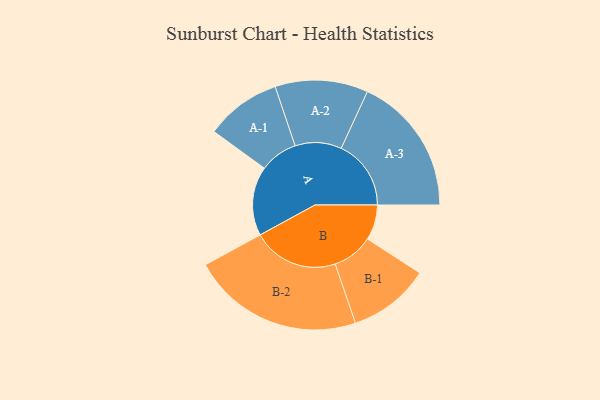
{"axis": {"x": "Segment", "y": "Value"}, "legend": ["", "A", "B"], "data": [{"x": "A", "y": 210, "type": ""}, {"x": "B", "y": 107, "type": ""}, {"x": "A-1", "y": 115, "type": "A"}, {"x": "A-2", "y": 141, "type": "A"}, {"x": "A-3", "y": 212, "type": "A"}, {"x": "B-1", "y": 124, "type": "B"}, {"x": "B-2", "y": 261, "type": "B"}]}